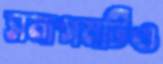
সমাগমটিও